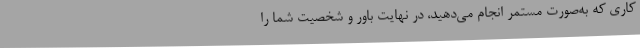
کاری که به‌صورت مستمر انجام می‌دهید، در نهایت باور و شخصیت شما را